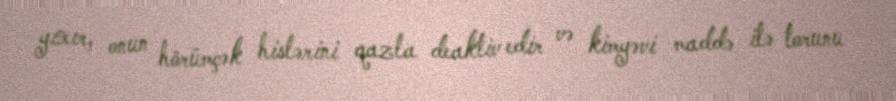
yıxır, onun hörümçək hislərini qazla deaktiv edir və kimyəvi maddə ilə torunu